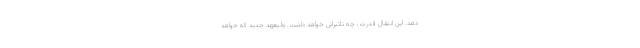
دهد. این انتقال قدرت، چه تاثیراتی خواهد داشت. ولیعهد جدید که خواهد